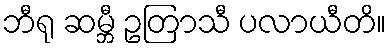
ဘီရု ဆမ္ဘီ ဥတြာသီ ပလာယီတိ။